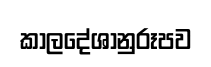
කාලදේශානුරූපව